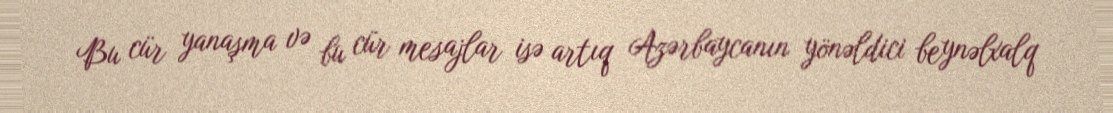
Bu cür yanaşma və bu cür mesajlar isə artıq Azərbaycanın yönəldici beynəlxalq